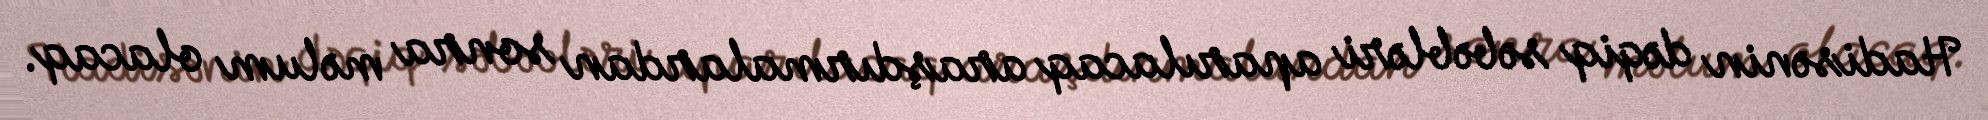
Hadisənin dəqiq səbəbləri aparılacaq araşdırmalardan sonra məlum olacaq.